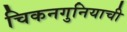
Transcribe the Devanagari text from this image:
चिकनगुनियाची